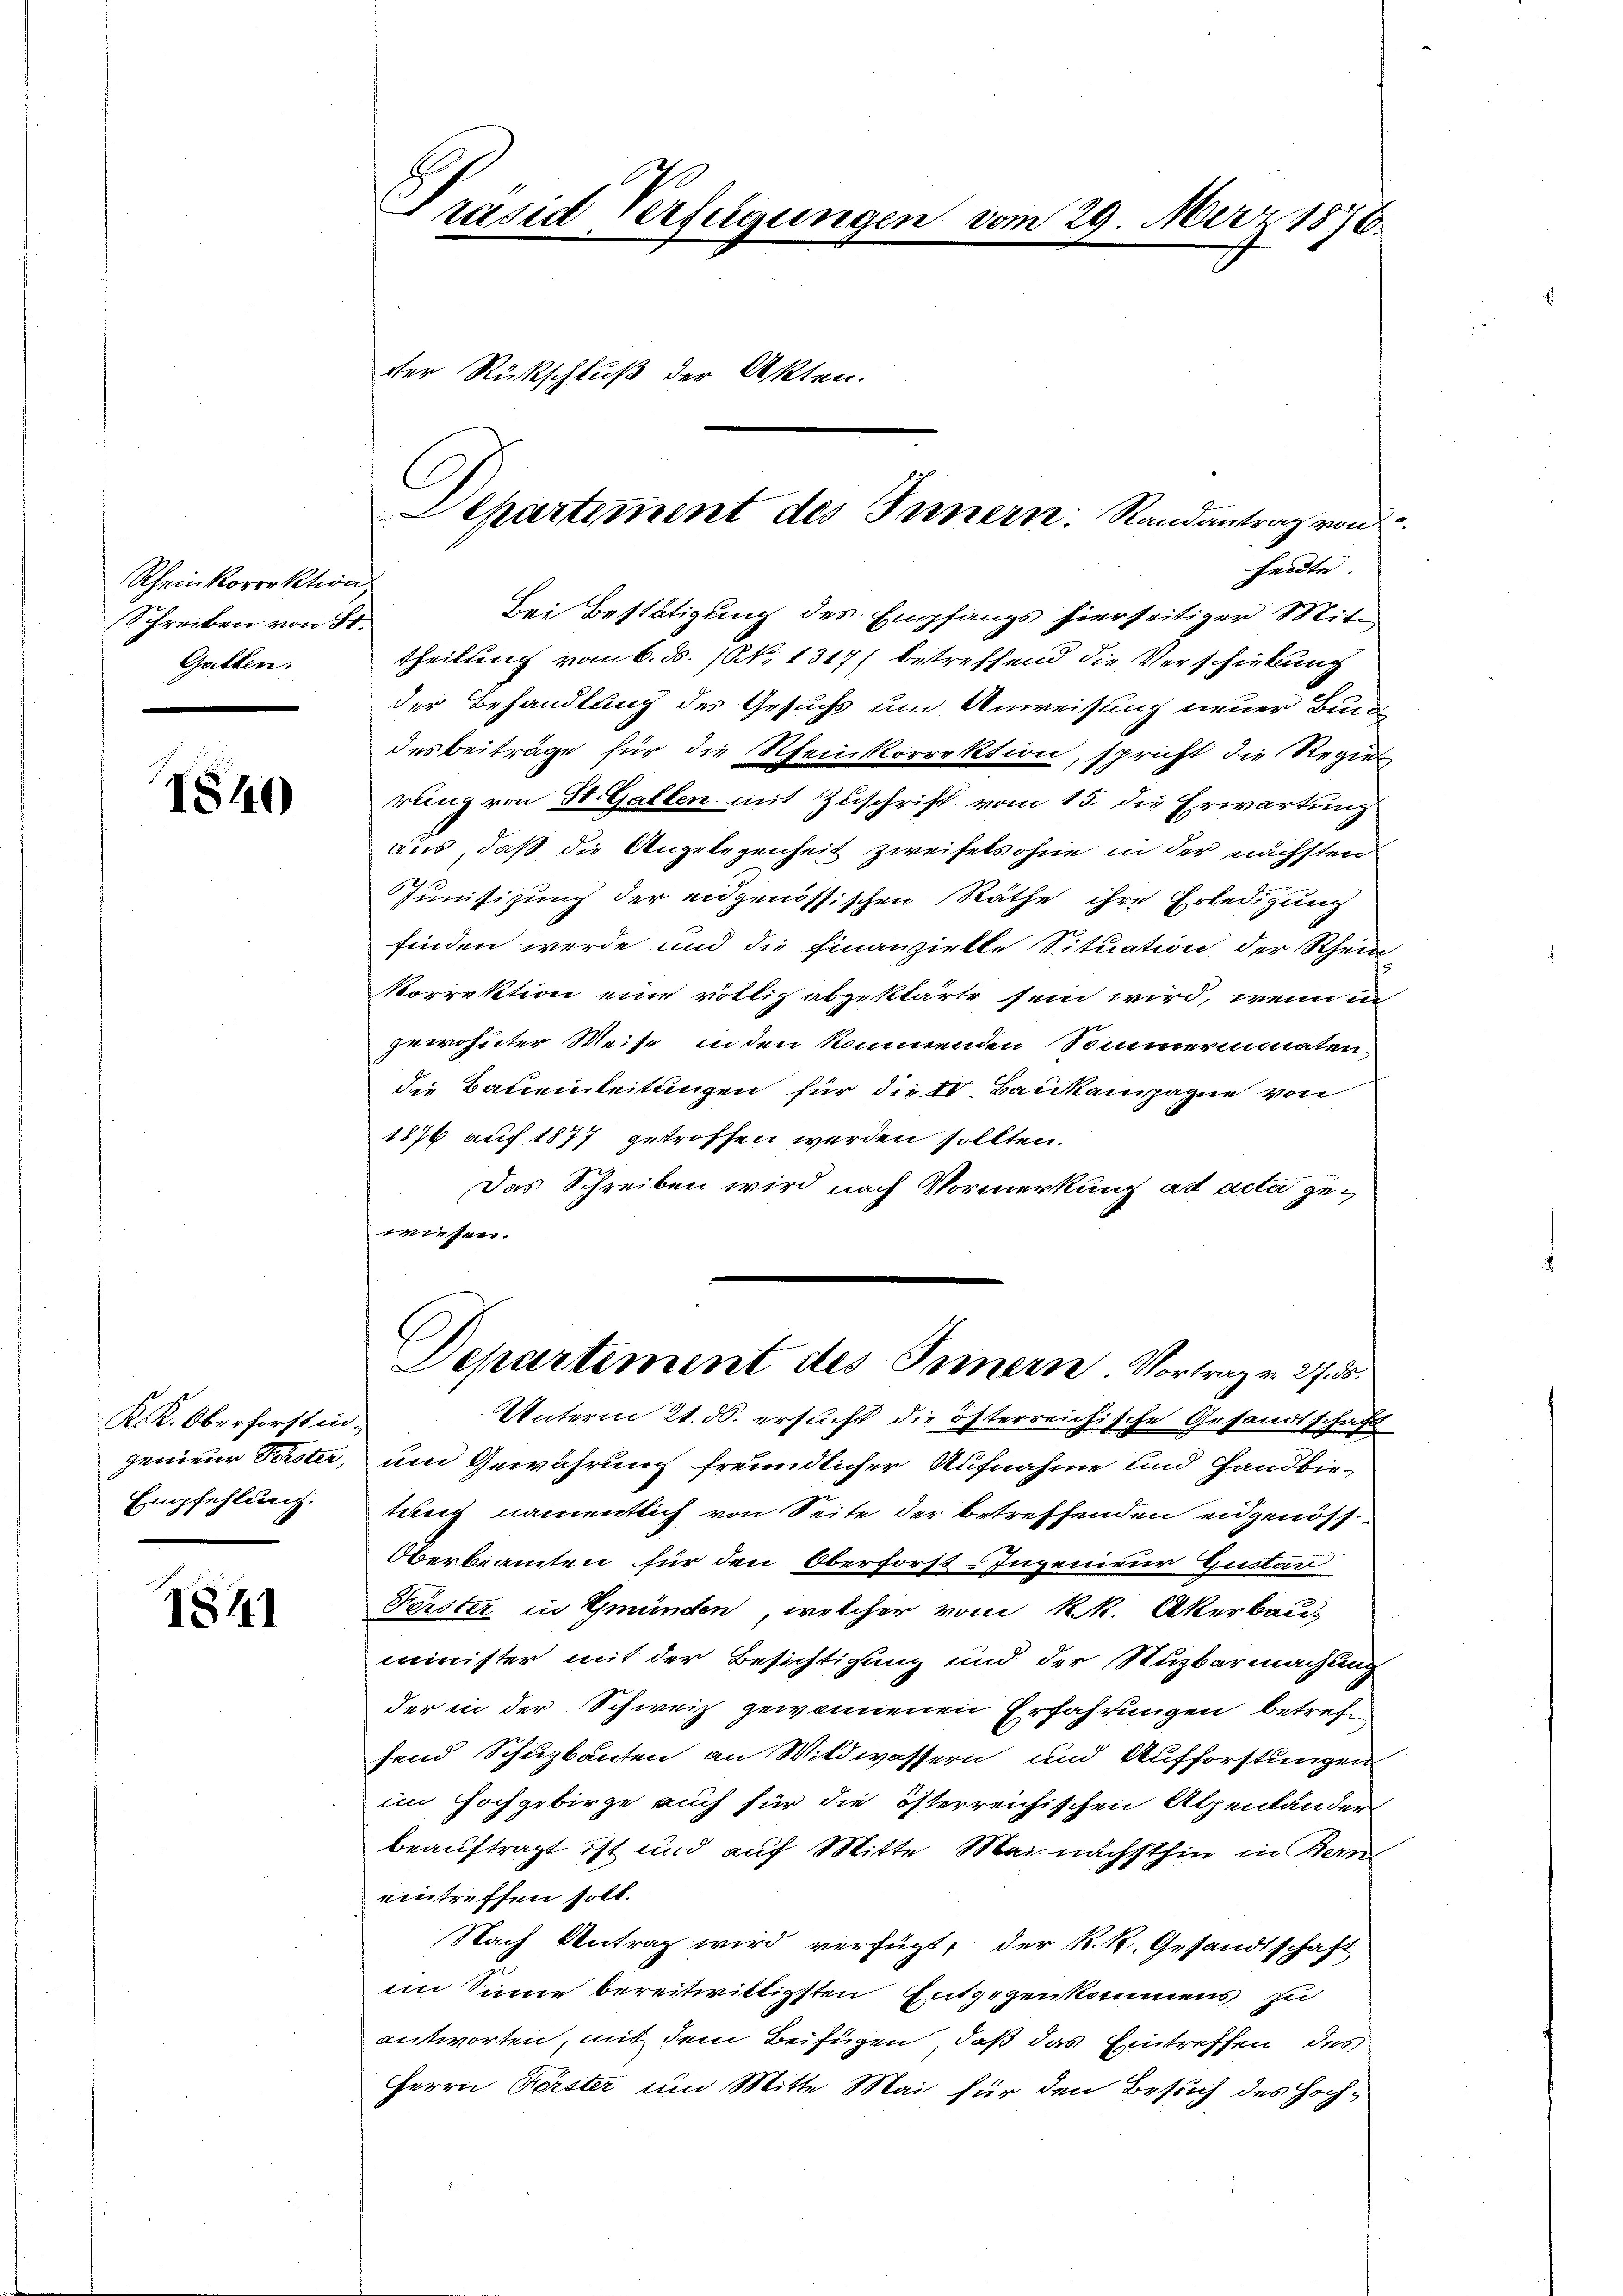
Rheinkorrektion
Schreiben von St.
Galten.

1840

K. K. Oberforstin.
Empfehlung.

1841

Präsid Verfügungen vom 29. März 1876

heute |
Bei Bestätigung des Empfangs hierseitiger Mite
theilung vom 6. ds. (N. 1317) betreffend die Verschiebung
der Behandlung des Gesuchs um Anweisung neuer Bun-
desbeiträge für die Rheinkorrektion, spricht die Regier
rung von St. Gallen mit Zuschrift vom 15. die Erwartung
aus, daß die Angelegenheit zweifelsohne in der nächsten
we
Junisizung der eidgenössischen Räthe ihre Erledigung
finden werde und die Finanzielle Situation der Rhein
korrektion eine völlig abgeklärte sein wird, wenn in
gewohnter Weise inden kommenden Sommermonaten
die Baueinleitungen für die 10. Bankampagnie von
1876 auf 1877 getroffen werden sollten.
Das Schreiben wird nach Vormerkung ad acta gewiesen.

dter Rückschluß der Akten.

Departement des Innern: Randantragen

Departement des Innern Vortrag v. 27. ds.

Unterm 21. ds. ersucht die österreichische Gesandtschaft
genieur Forster, um Gewährung freundlicher Aufnahme und Handbietung namentlich von Seite der betreffenden eidgenöss¬
Oberbeamten für den Oberforst-Ingenieur Gustan
Perster in Gmünden, welcher vom k.k. Akerbau-
minister mit der Besichtigung und der Stuzbarmachung
der in der Schweiz gewonnenen Erfahrungen betreffend Schuzbauten an Wildwassern und Aufforstungen
im Hochgebirge auch für die österreichischen Alpenlanden
beauftragt ist und auf Mitte Mai nächsthin in Bern
eintreffen soll.
Nach Antrag wird verfügt, der K. K. Gesandtschaft
im Sinne bereitwittigsten Entgegenkomens zu
antworten, mit dem Beifügen, daß das Eintreffen des
Herrn Förster um Mitte Mai für den Besuch des Hoch-